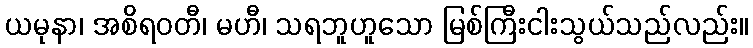
ယမုနာ၊ အစိရဝတီ၊ မဟီ၊ သရဘူဟူသော မြစ်ကြီးငါးသွယ်သည်လည်း။